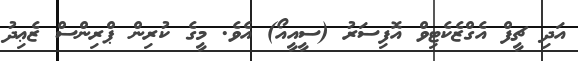
އަދި ޗީފް އެގްޒެކެޓިވް އޮފިސަރު (ސީއީއޯ) އެވެ. މީގެ ކުރިން ޕްރިންސް ޒެޢިދު